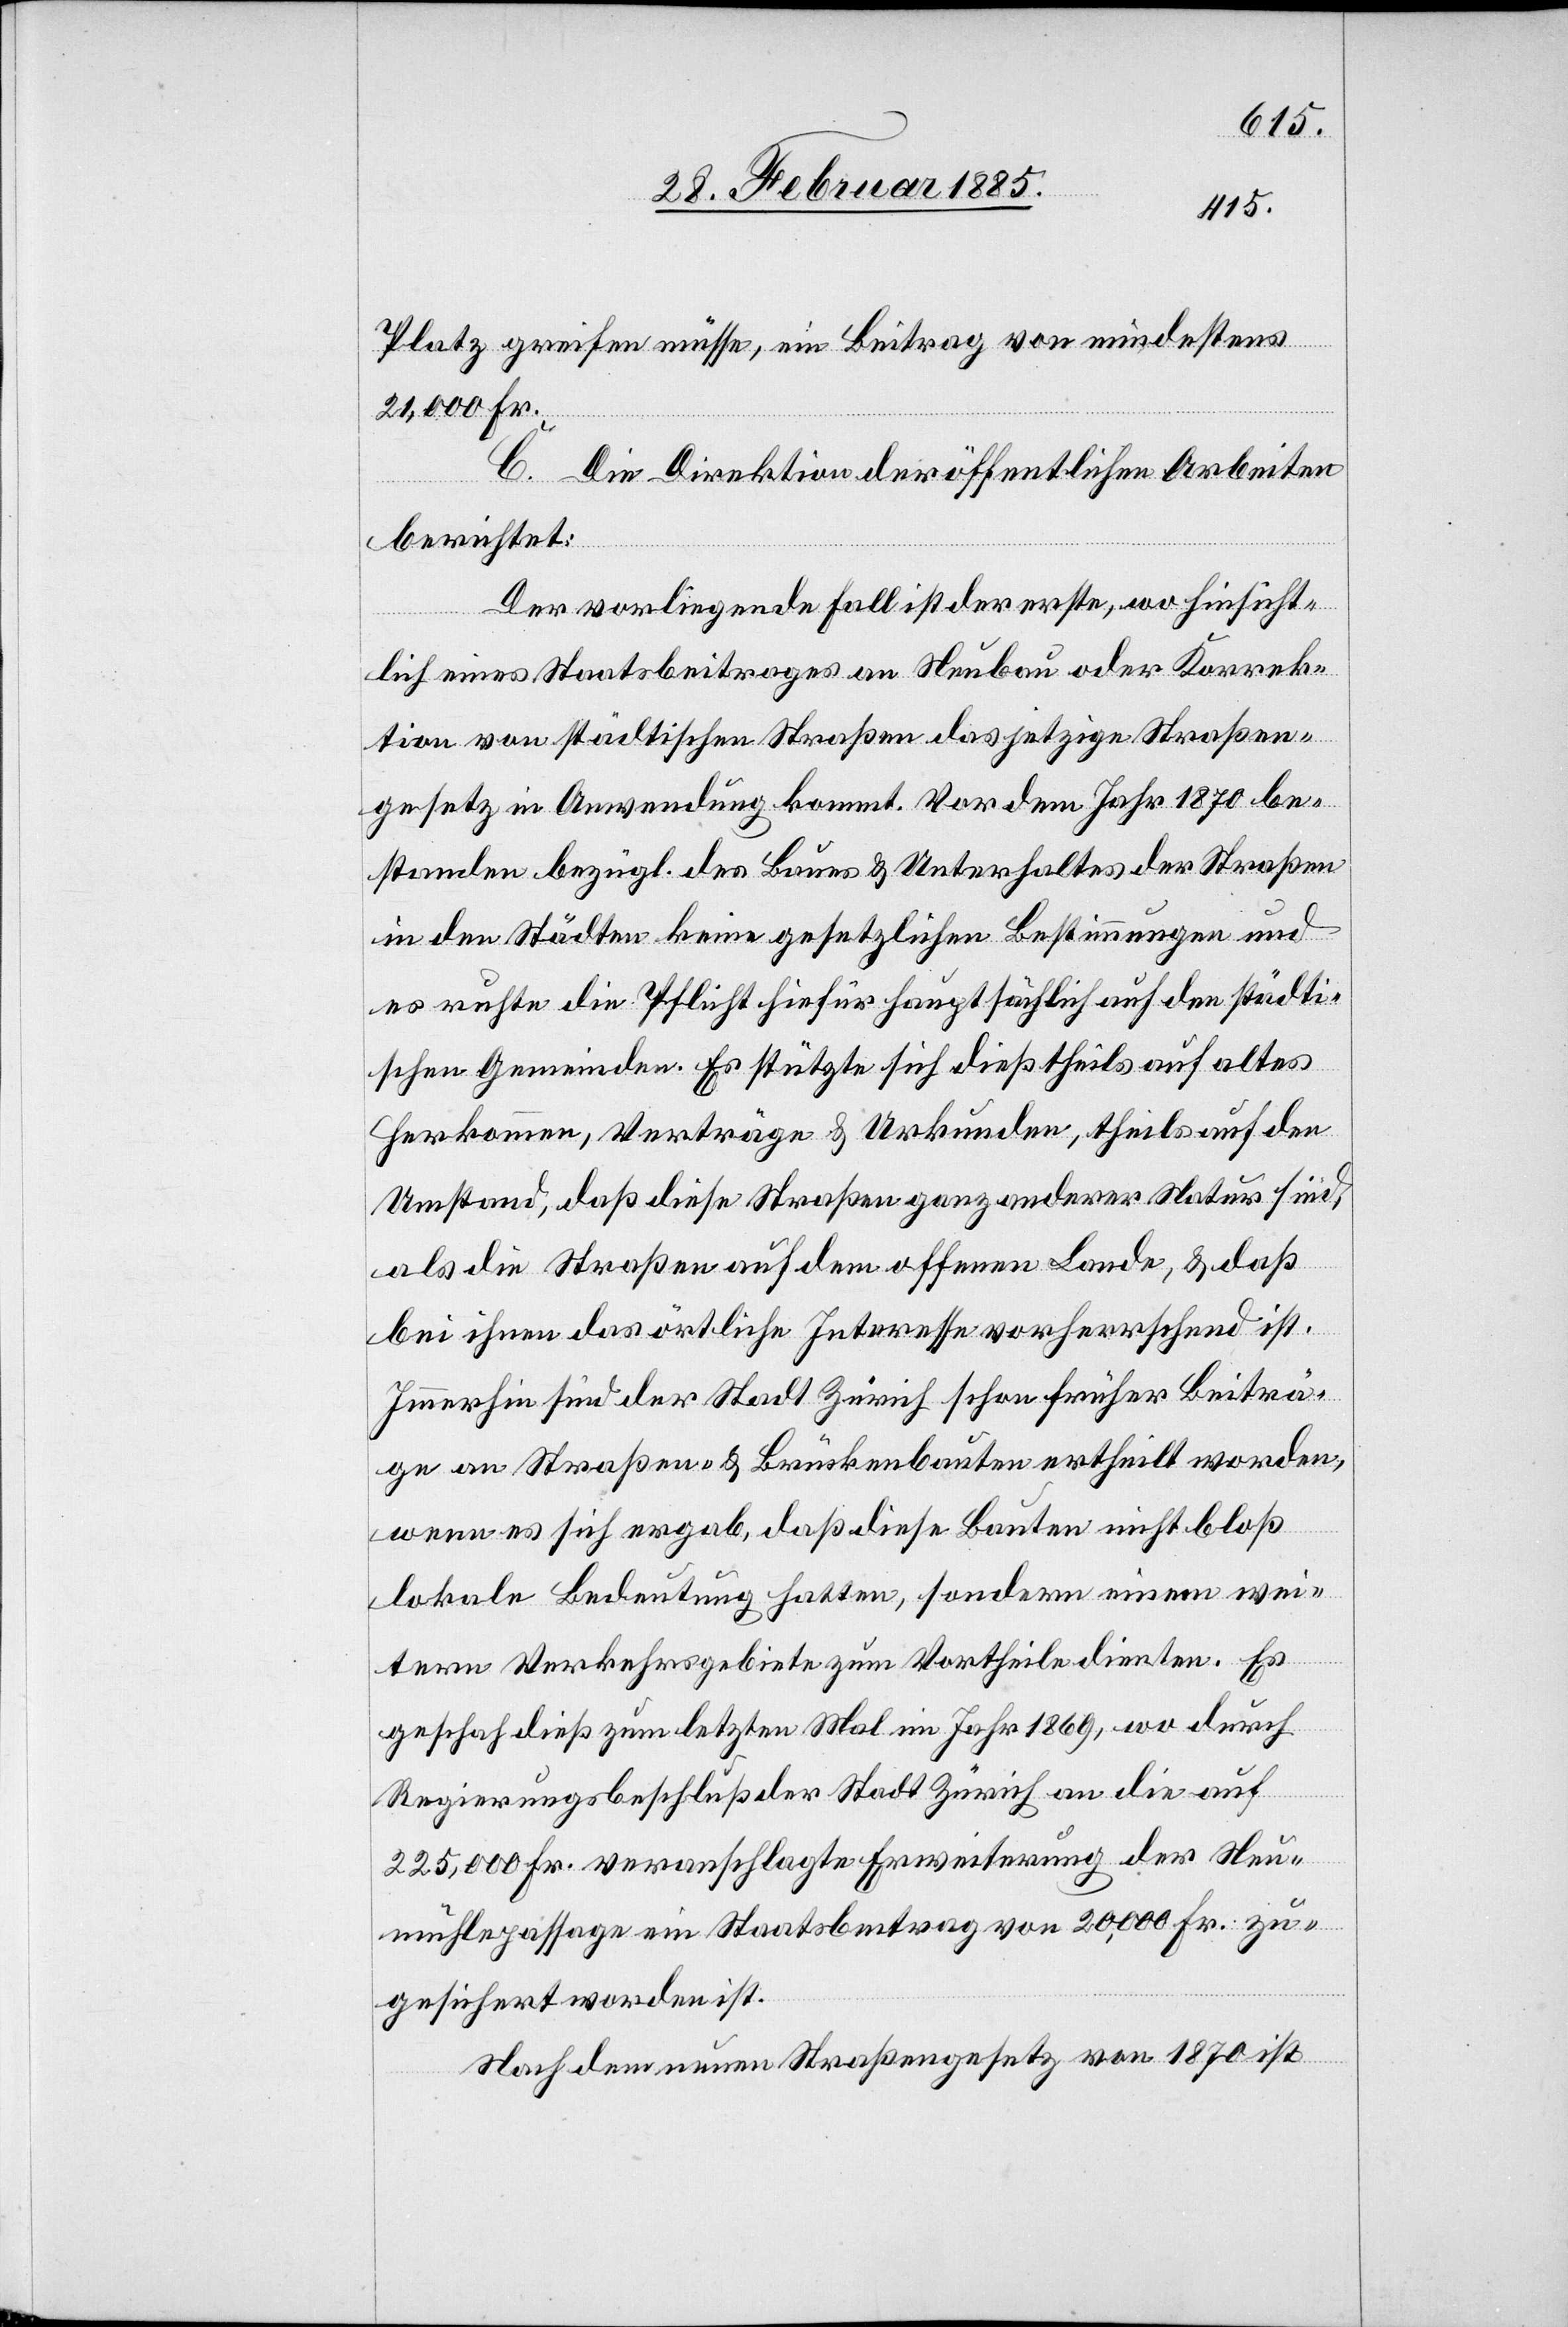
Platz greifen müsse, ein Beitrag von mindestens
21,000 Fr.
C. Die Direktion der öffentlichen Arbeiten
berichtet:
Der vorliegende Fall ist der erste, wo hinsicht¬
lich eines Staatsbeitrages an Neubau oder Korrek¬
tion von städtischen Straßen das jetzige Straßen¬
gesetz in Anwendung kommt. Vor dem Jahr 1870 be¬
standen bezügl. des Baues & Unterhaltes der Straßen
in den Städten keine gesetzlichen Bestimmungen und
es ruhte die Pflicht hiefür hauptsächlich auf den städti¬
schen Gemeinden. Es stützte sich dieß theils auf altes
Herkommen, Verträge & Urkunden, theils auf den
Umstand, daß diese Straßen ganz anderer Natur sind,
als die Straßen auf dem offenen Lande, & das
bei ihnen das örtliche Interesse vorherrschend ist.
Immerhin sind der Stadt Zürich schon früher Beiträ¬
ge an Straßen- & Brückenbauten ertheilt worden,
wenn es sich ergab, daß diese Bauten nicht bloß
lokale Bedeutung hatten, sondern einem wei¬
tern Verkehrsgebiete zu Vortheile dienten. Es
geschah dies zum letzten Mal im Jahr 1869, wo durch
Regierungsbeschluß der Stadt Zürich an die auf
225,000 Fr. veranschlagte Erweiterung der Neu¬
mühlepassage ein Staatsbeitrag von 20,000 Fr. zu¬
gesichert worden ist.
Nach dem neuen Straßengesetz von 1870 ist